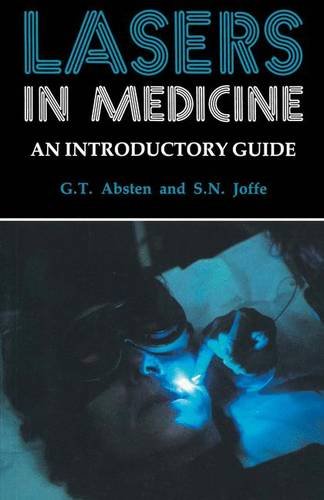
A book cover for Lasers in Medicine; Gregory T. Absten; Medical Books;